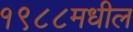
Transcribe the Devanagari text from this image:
१९८८मधील